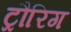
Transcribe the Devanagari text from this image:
ट्रौरिग